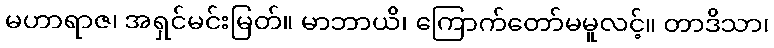
မဟာရာဇ၊ အရှင်မင်းမြတ်။ မာဘာယိ၊ ကြောက်တော်မမူလင့်။ တာဒိသာ၊